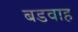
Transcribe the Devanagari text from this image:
बडवाह